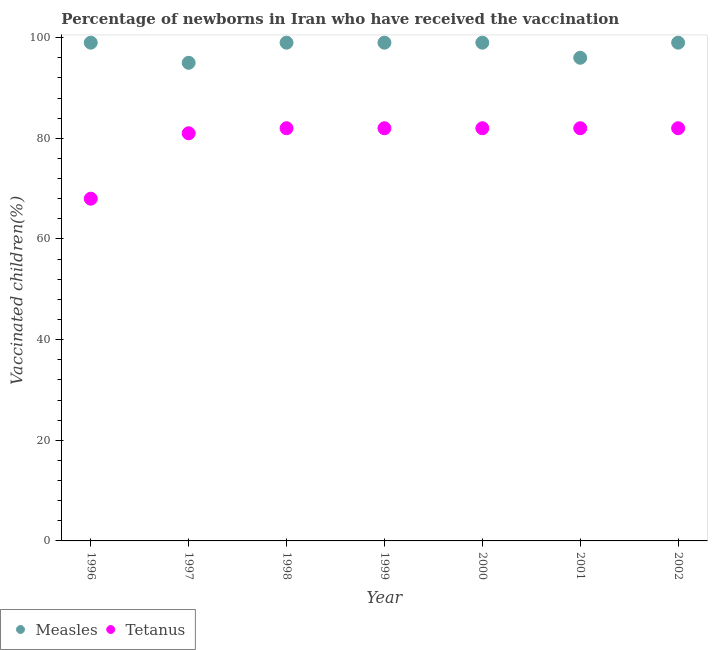
| Year | Measles | Tetanus |
 | --- | --- | --- |
 | 1996 | 99 | 68 |
 | 1997 | 95 | 81 |
 | 1998 | 99 | 82 |
 | 1999 | 99 | 82 |
 | 2000 | 99 | 82 |
 | 2001 | 96 | 82 |
 | 2002 | 99 | 82 |